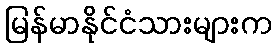
မြန်မာနိုင်ငံသားများက